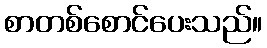
စာတစ်စောင်ပေးသည်။